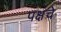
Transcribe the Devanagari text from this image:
पक्षचे